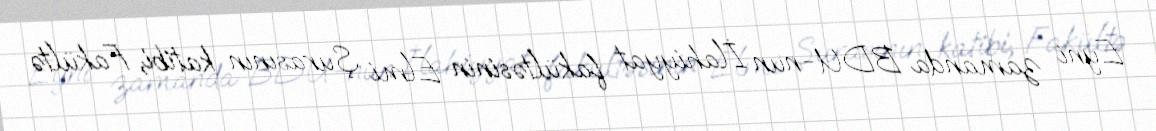
Eyni zamanda BDU-nun İlahiyyat fakültəsinin Elmi Şurasının katibi, Fakültə